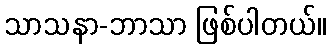
သာသနာ-ဘာသာ ဖြစ်ပါတယ်။